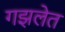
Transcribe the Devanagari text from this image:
गझलेत